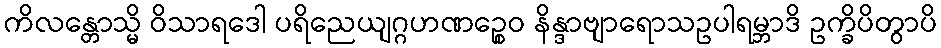
ကိလန္တောသ္မိ ဝိသာရဒေါ ပရိညေယျဂ္ဂဟဏဉ္စေဝ နိန္ဒာဗျာရောသဥပါရမ္ဘာဒိ ဥက္ခိပိတွာပိ